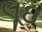
લૂઇ